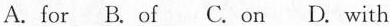
A.for B.of C. on D. with